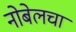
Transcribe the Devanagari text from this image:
नोबेलचा